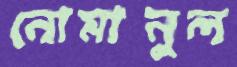
নোমানুল